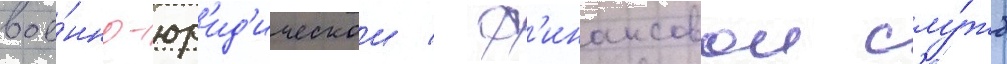
вое́нно-юр'ид'ическои / ф'инансовои слу́жб